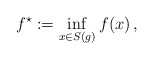
\begin{align*} f^\star:=\inf\limits_{x\in S(g)} f(x)\,,\end{align*}